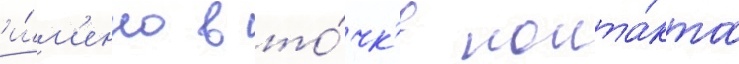
и́м'енно в то́чк'е конта́кта